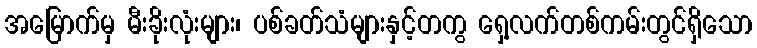
အမြောက်မှ မီးခိုးလုံးများ၊ ပစ်ခတ်သံများနှင့်တကွ ရှေ့လက်တစ်ကမ်းတွင်ရှိသော